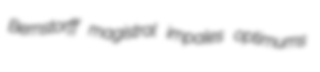
Bernstorff magistral impales optimums